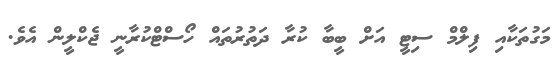
މަގުތަކާއި ފިލްމް ސިޓީ އަށް ބީބާ ކުރާ ދަތުރުތައް ހޯސްޓްކުރާނީ ޖެކްލީން އެވެ.